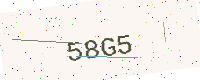
Text: 58G5